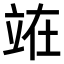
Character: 𫞼